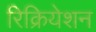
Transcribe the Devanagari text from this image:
रिक्रियेशन